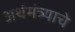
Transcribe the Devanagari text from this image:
अर्थमंत्र्याचे